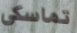
تماسكي